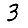
Digit: 3